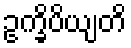
ဥက္ခိပိယျတိ